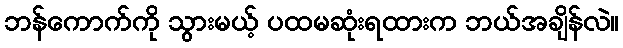
ဘန်ကောက်ကို သွားမယ့် ပထမဆုံးရထားက ဘယ်အချိန်လဲ။